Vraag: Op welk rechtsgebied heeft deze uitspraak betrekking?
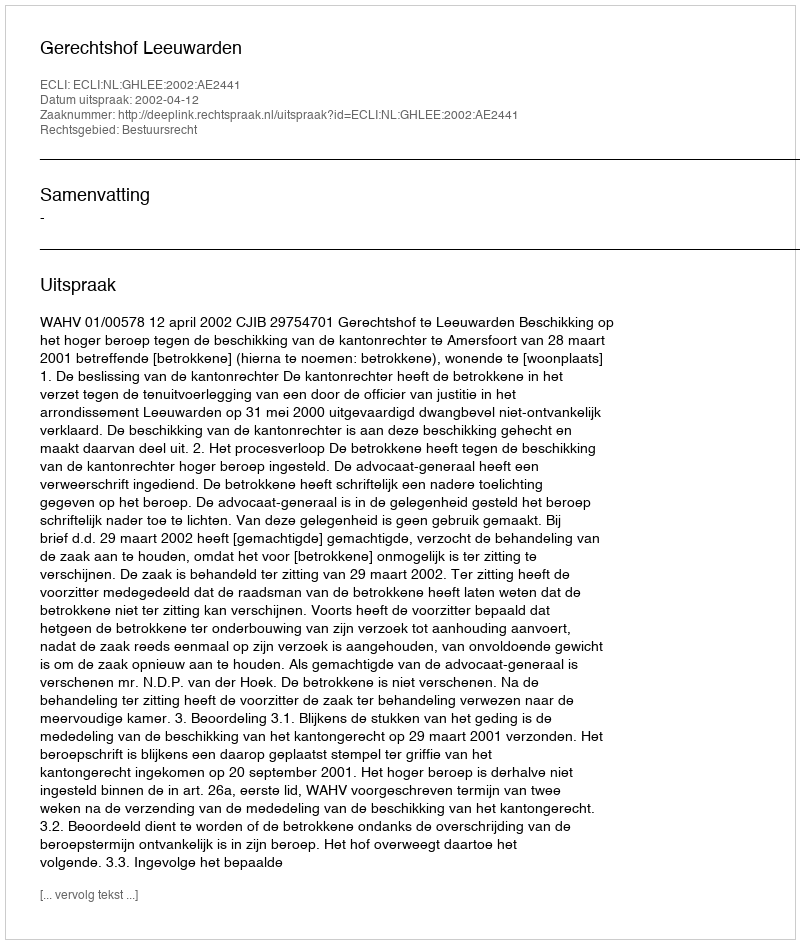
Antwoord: Bestuursrecht